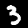
Digit: 3